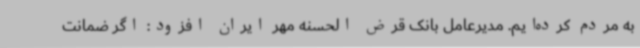
به مردم کرده‌ایم. مدیرعامل بانک قرض الحسنه مهر ایران افزود: اگر ضمانت